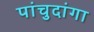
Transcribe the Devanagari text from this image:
पांचुदांगा